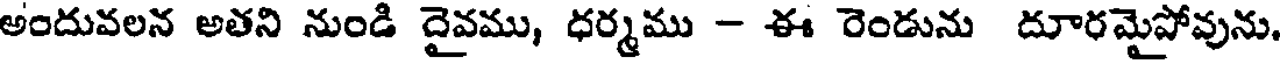
అందువలన అతని నుండి దైవము, ధర్మము - ఈ రెండును దూరమైపోవును,